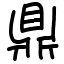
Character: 鼎